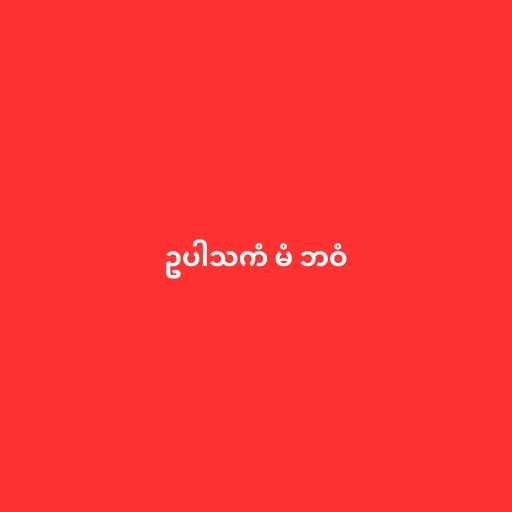
ဥပါသကံ မံ ဘဝံ